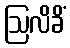
ဩလိခိံ